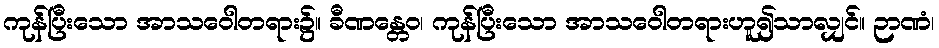
ကုန်ပြီးသော အာသဝေါတရား၌။ ခီဏန္တေဝ၊ ကုန်ပြီးသော အာသဝေါတရားဟူ၍သာလျှင်။ ဉာဏံ၊